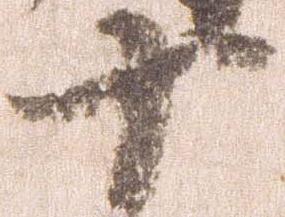
十